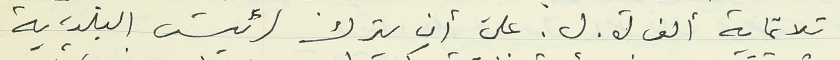
ثلاثماية ألف ل. ل. على أن يترك لرئيس البلدية